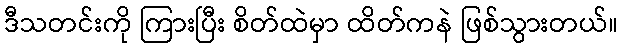
ဒီသတင်းကို ကြားပြီး စိတ်ထဲမှာ ထိတ်ကနဲ ဖြစ်သွားတယ်။